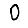
Digit: 0